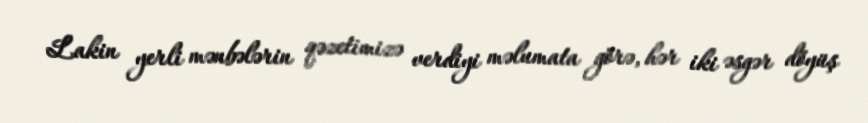
Lakin yerli mənbələrin qəzetimizə verdiyi məlumata görə, hər iki əsgər döyüş